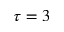
\tau = 3